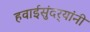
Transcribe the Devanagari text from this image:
हवाईसुंदर्‍यांंनी